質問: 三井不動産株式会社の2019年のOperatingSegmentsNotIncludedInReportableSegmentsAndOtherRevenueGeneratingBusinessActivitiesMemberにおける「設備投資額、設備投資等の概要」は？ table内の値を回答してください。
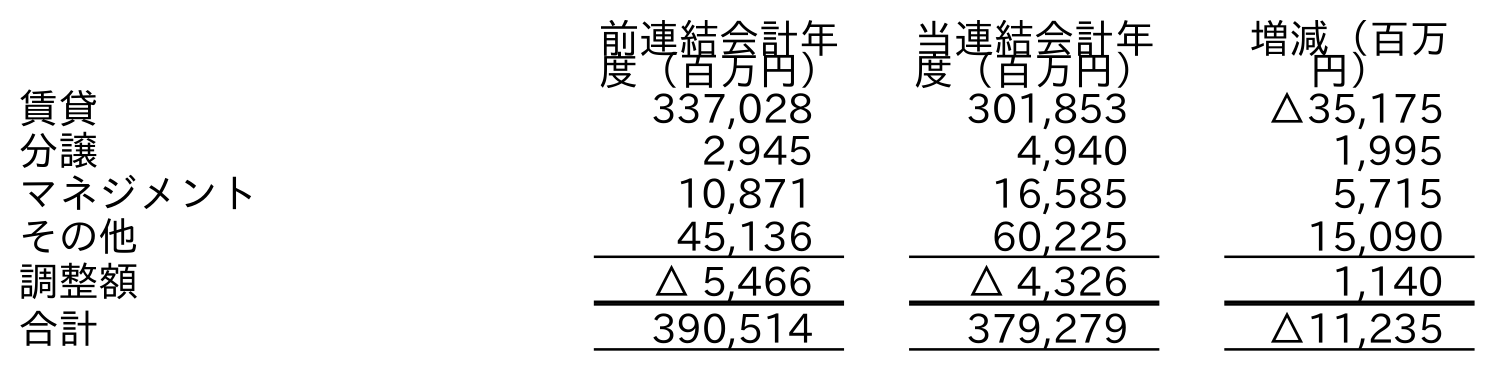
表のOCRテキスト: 前連結会計年 度（百万円） 当連結会計年 度（百万円） 増減（百万 円） 賃貸 337,028 301,853 △35,175 分譲 2,945 4,940 1,995 マネジメント 10,871 16,585 5,715 その他 45,136 60,225 15,090 調整額 △ 5,466 △ 4,326 1,140 合計 390,514 379,279 △11,235
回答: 45,136